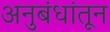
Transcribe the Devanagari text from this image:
अनुबंधांतून